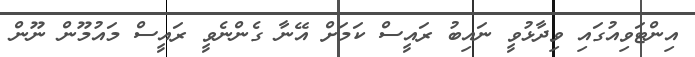
އިންޓަވިއުގައި ވިދާޅުވީ ނައިބު ރައީސް ކަމަށް އޭނާ ގެންނެވީ ރައީސް މައުމޫން ނޫން